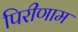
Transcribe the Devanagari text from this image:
पिरीणाम